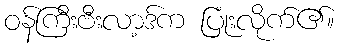
ဝန်ကြီးဗီးလာ့ဒ်က ပြုံးလိုက်၏။